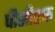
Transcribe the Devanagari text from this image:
पीसीएफ